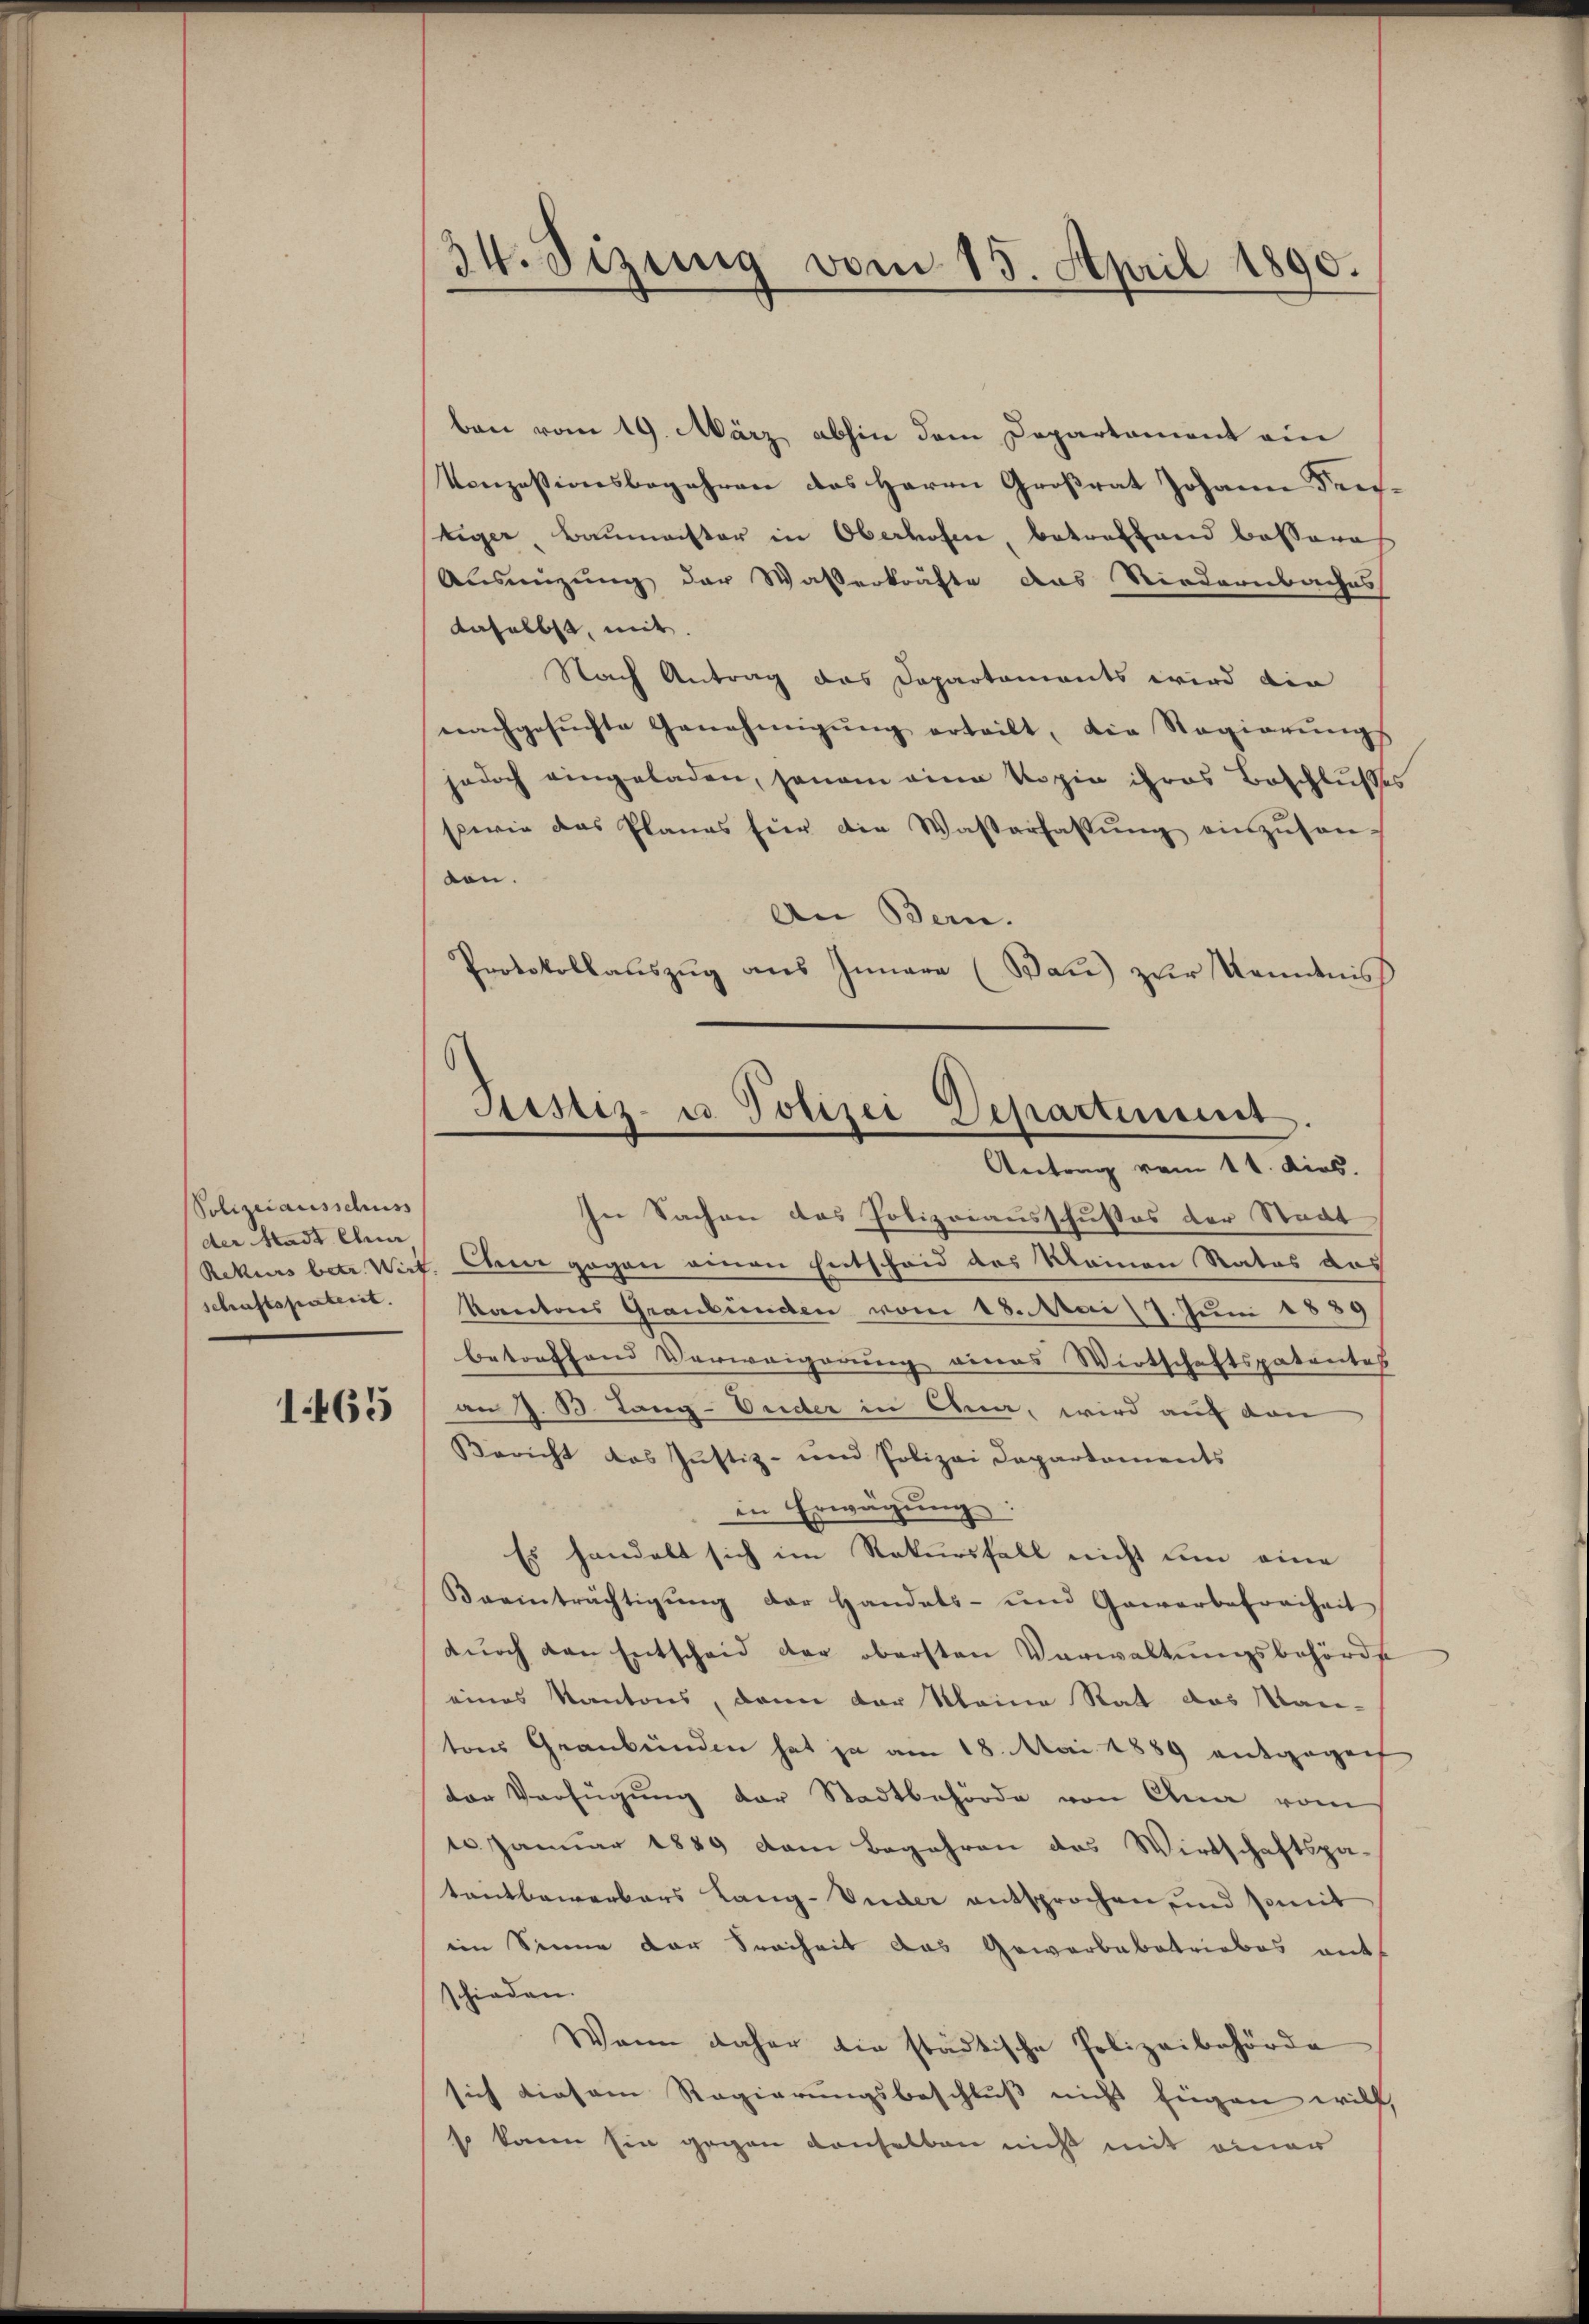
Polizeiausschuss
der Madt Chur
schaftspaterit.

1465

34. Sizung vom 15. April 1890.

Justiz- u. Polizei Departiment.
Antrag vom 11. dies.

bani vom 19. März abhin dem Departement ein
Vonzessionsbegehren des Herrn Großrat Johann Frei¬
Leger, Baŭmeister in Oberhofen, betreffend bessera
Ausmitzung der Waßerkräfte das Niedernbaches
daselbst, mit
Nach Antrag das Departaments wird die
nachgesŭchte Genehmigŭng erteilt, die Regierŭngs
jedoch eingeladen, sonam eine Kopie ihres Beschlusses
sowie das Planes für die Wasserfassŭng einzŭsen
ton.
An Bern.
Protokollaŭszŭg aŭs Innere (Wan) zur Kenntnis
In Sachen des Polizeiausschusses der Stadt
Rekurs betr. Wirt. Ebener gegen einen Entscheid des Meinen Rates das
Kantons Graubünden vom 18. Mai 7. Juni 1889
Betorffend Verweigerung eines Wirtschaftspatentes
an z. B. Lang-Vuder in Ana, wird auf dan
Bericht das Justiz- und Polizei Departements
in Erwägung:
Es handelt sich im Rekursfall nicht um eine
Beeinträchtigŭng der Handels- und Gewerbefreiheit
dŭrch den Entscheid der obersten Verwaltungsbehörde
eines Kantons, dann der Meine Rat das Kan-
tons Graubünden hat ja am 18. Mai 1889 entgegenf
der Verfügung der Stadtbehörde von Ana vom
10. Januar 1889 dem Begehren des Wirtschaftspa-
tentbewerbers Lang-Vuder entsprochen, und somit
eim Sinne der Freiheit das Gewerbebetriebes mit
schieden.
Wenn daher die städtische Polizeibehörde
sich diesem Regierungsbeschluß nicht Eigen will,
so kann sie gegen denselben nicht mit einer